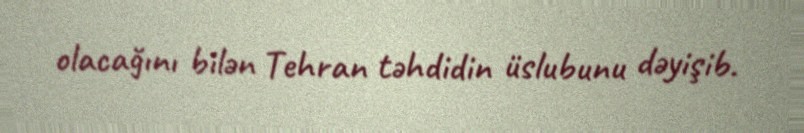
olacağını bilən Tehran təhdidin üslubunu dəyişib.